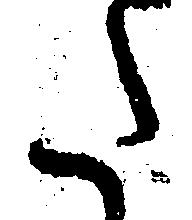
た